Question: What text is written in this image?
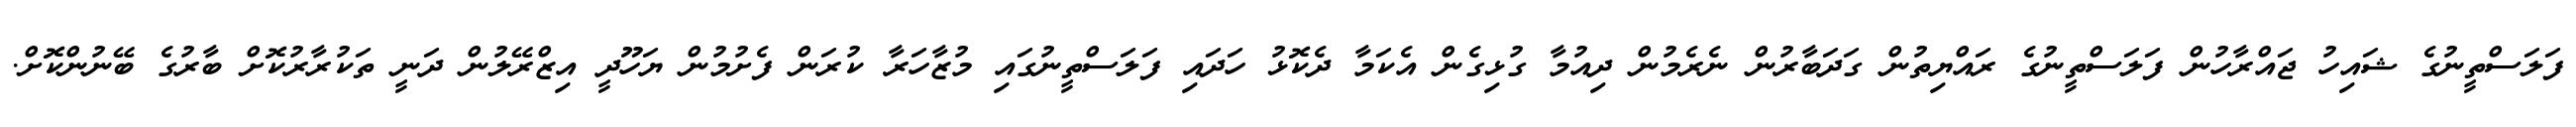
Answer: ފަލަސްތީނުގެ ޝައިހު ޖައްރާހުން ފަލަސްތީނުގެ ރައްޔިތުން ގަދަބާރުން ނެރެމުން ދިއުމާ ގުޅިގެން އެކަމާ ދެކޮޅު ހަދައި ފަލަސްތީނުގައި މުޒާހަރާ ކުރަން ފެށުމުން ޔަހޫދީ އިޒްރޭލުން ދަނީ ތަކުރާރުކޮށް ބާރުގެ ބޭނުންކޮށް.